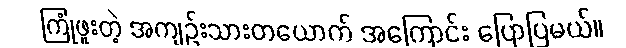
ကြုံဖူးတဲ့ အကျဉ်းသားတယောက် အကြောင်း ပြောပြမယ်။